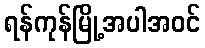
ရန်ကုန်မြို့အပါအဝင်